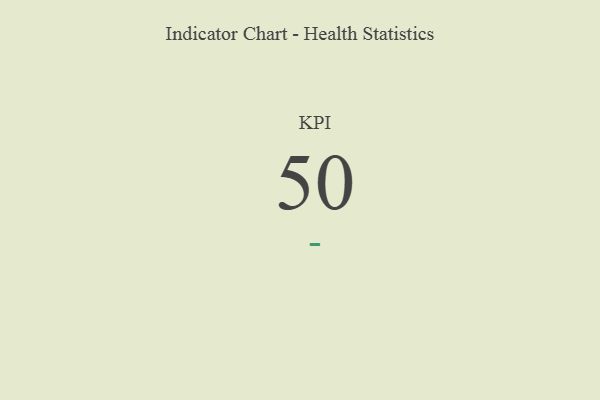
{"axis": {"x": "KPI", "y": "Value"}, "legend": [""], "data": [{"x": "KPI", "y": 50, "type": ""}]}